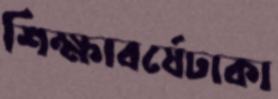
শিক্ষাবর্ষেঢাকা